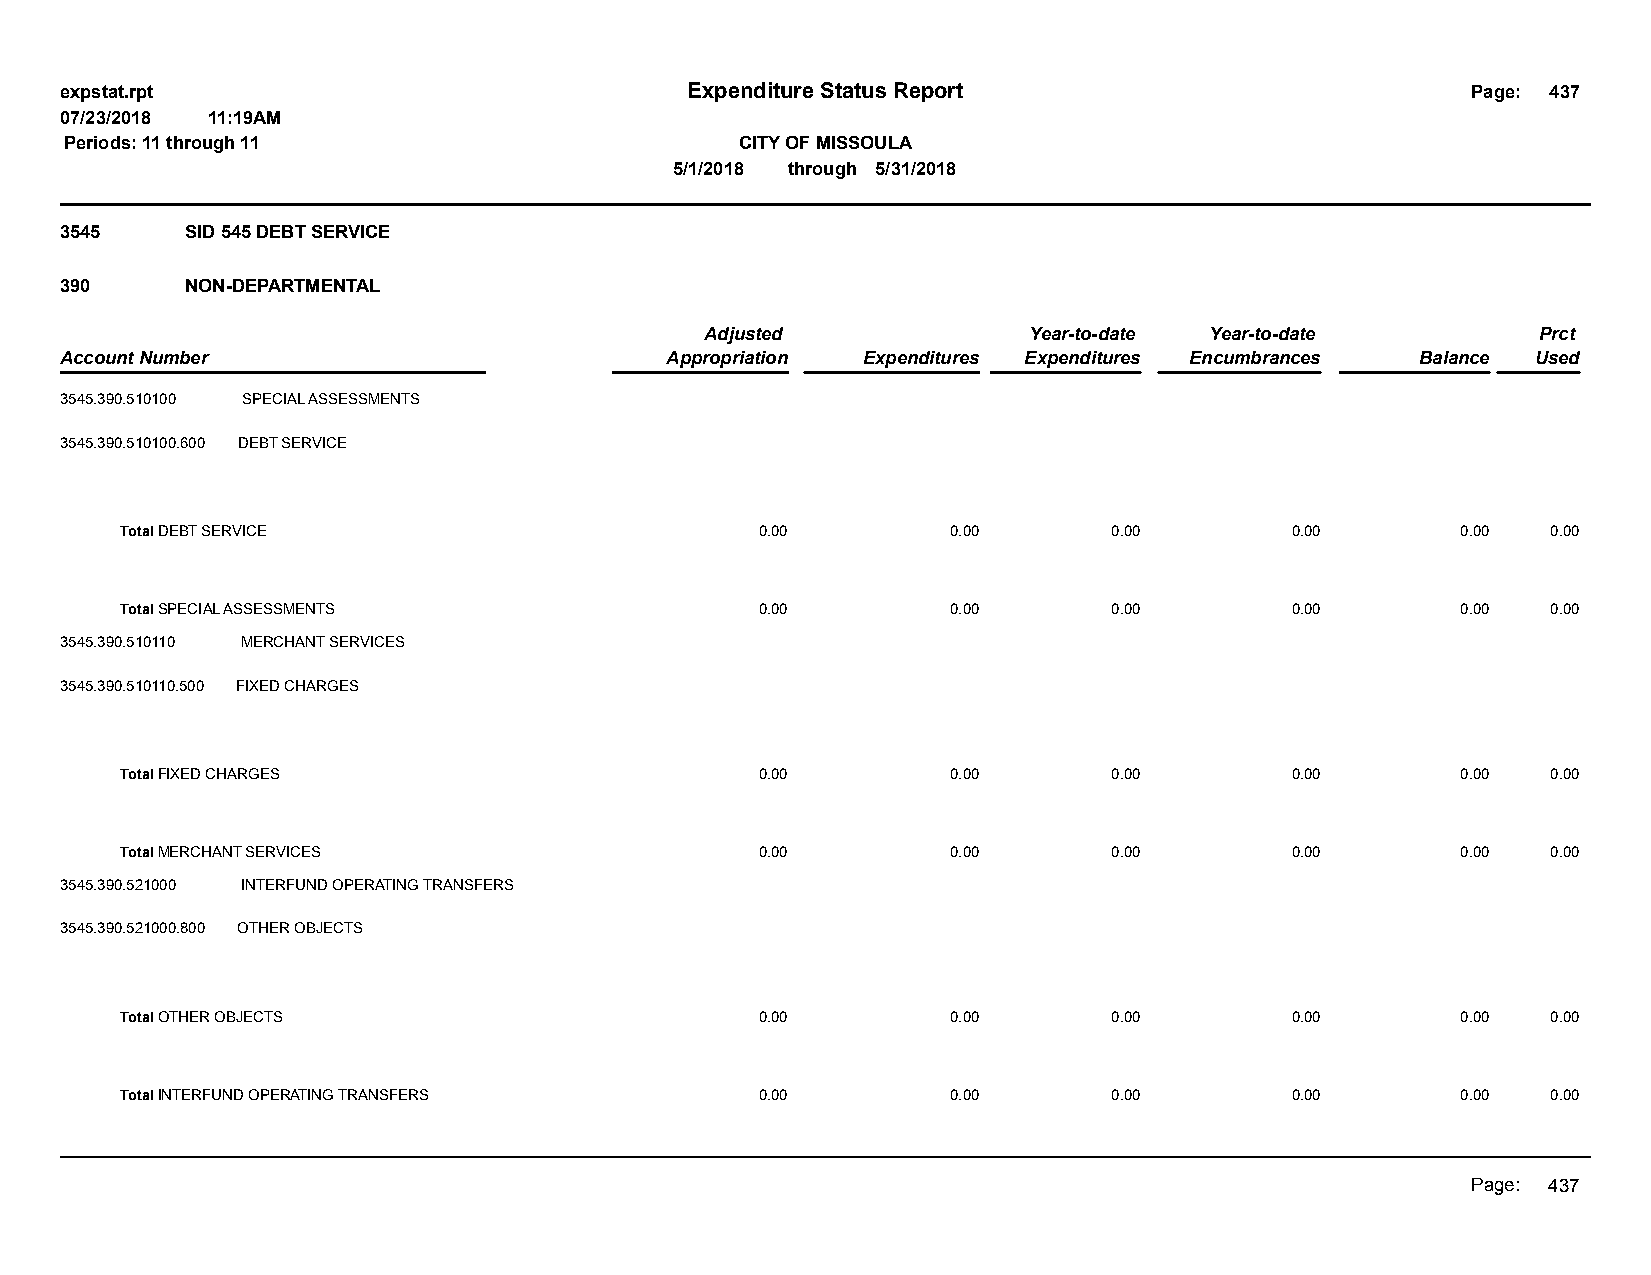
expstat.rpt                              Expenditure Status Report                           Page: 437
 07/23/2018 11:19AM
 Periods: 11 through 11                       CITY OF MISSOULA
 5/1/2018 through 5/31/2018
 3545    SID 545 DEBT SERVICE
 390     NON-DEPARTMENTAL
 Adjusted             Year-to-date Year-to-date         Prct
 Account Number                          Appropriation Expenditures Expenditures Encumbrances Balance Used
 3545.390.510100 SPECIAL ASSESSMENTS
 3545.390.510100.600 DEBT SERVICE
 Total DEBT SERVICE                        0.00         0.00       0.00       0.00        0.00  0.00
 Total SPECIAL ASSESSMENTS                 0.00         0.00       0.00       0.00        0.00  0.00
 3545.390.510110 MERCHANT SERVICES
 3545.390.510110.500 FIXED CHARGES
 Total FIXED CHARGES                       0.00         0.00       0.00       0.00        0.00  0.00
 Total MERCHANT SERVICES                   0.00         0.00       0.00       0.00        0.00  0.00
 3545.390.521000 INTERFUND OPERATING TRANSFERS
 3545.390.521000.800 OTHER OBJECTS
 Total OTHER OBJECTS                       0.00         0.00       0.00       0.00        0.00  0.00
 Total INTERFUND OPERATING TRANSFERS       0.00         0.00       0.00       0.00        0.00  0.00
 Page: 437